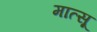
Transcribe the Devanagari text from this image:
मात्सू